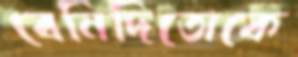
বেনিদিতোকে